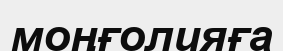
моңғолияға